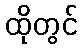
ထိုတွင်